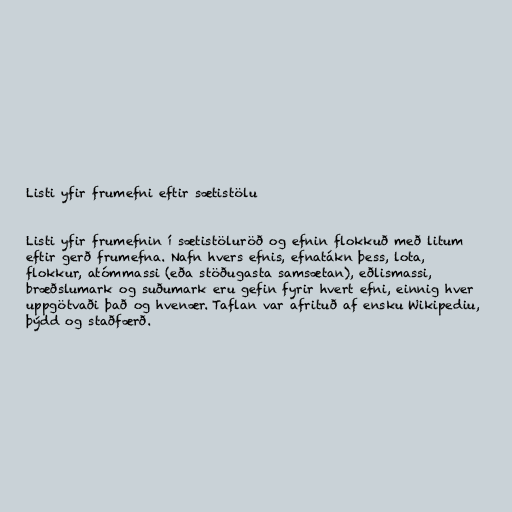
Listi yfir frumefni eftir sætistölu

Listi yfir frumefnin í sætistöluröð og efnin flokkuð með litum
eftir gerð frumefna. Nafn hvers efnis, efnatákn þess, lota,
flokkur, atómmassi (eða stöðugasta samsætan), eðlismassi,
bræðslumark og suðumark eru gefin fyrir hvert efni, einnig hver
uppgötvaði það og hvenær. Taflan var afrituð af ensku Wikipediu,
þýdd og staðfærð.